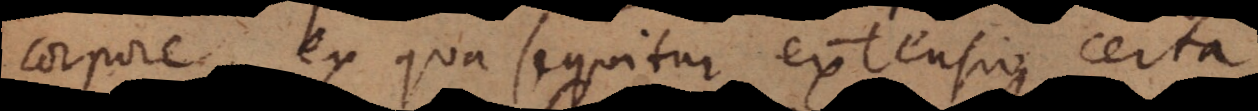
corpore, ex qua sequitur extensio certa